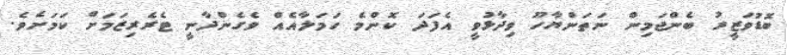
ބޮޑުވަޒީރު ބެންޖަމިން ނަތަންޔާހޫ ވިދާޅުވީ އެފަދަ ކޮންމެ ހަމަލާއެއް ވެގެންދާނީ ޓެރެރިޒަމަށް ކަމަށެވެ.